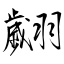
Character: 翽